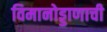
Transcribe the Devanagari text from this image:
विमानोड्डाणाची